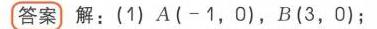
答案 解：(1) \(A(-1,0)\)，\(B(3,0)\)；